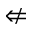
\nLeftarrow